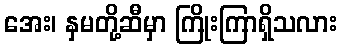
အေး၊ နှမတို့ဆီမှာ ကြိုးကြာရှိသလား